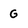
Character: G